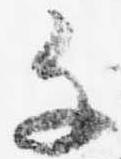
千